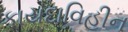
કાયદાવિહીન